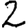
Digit: 2